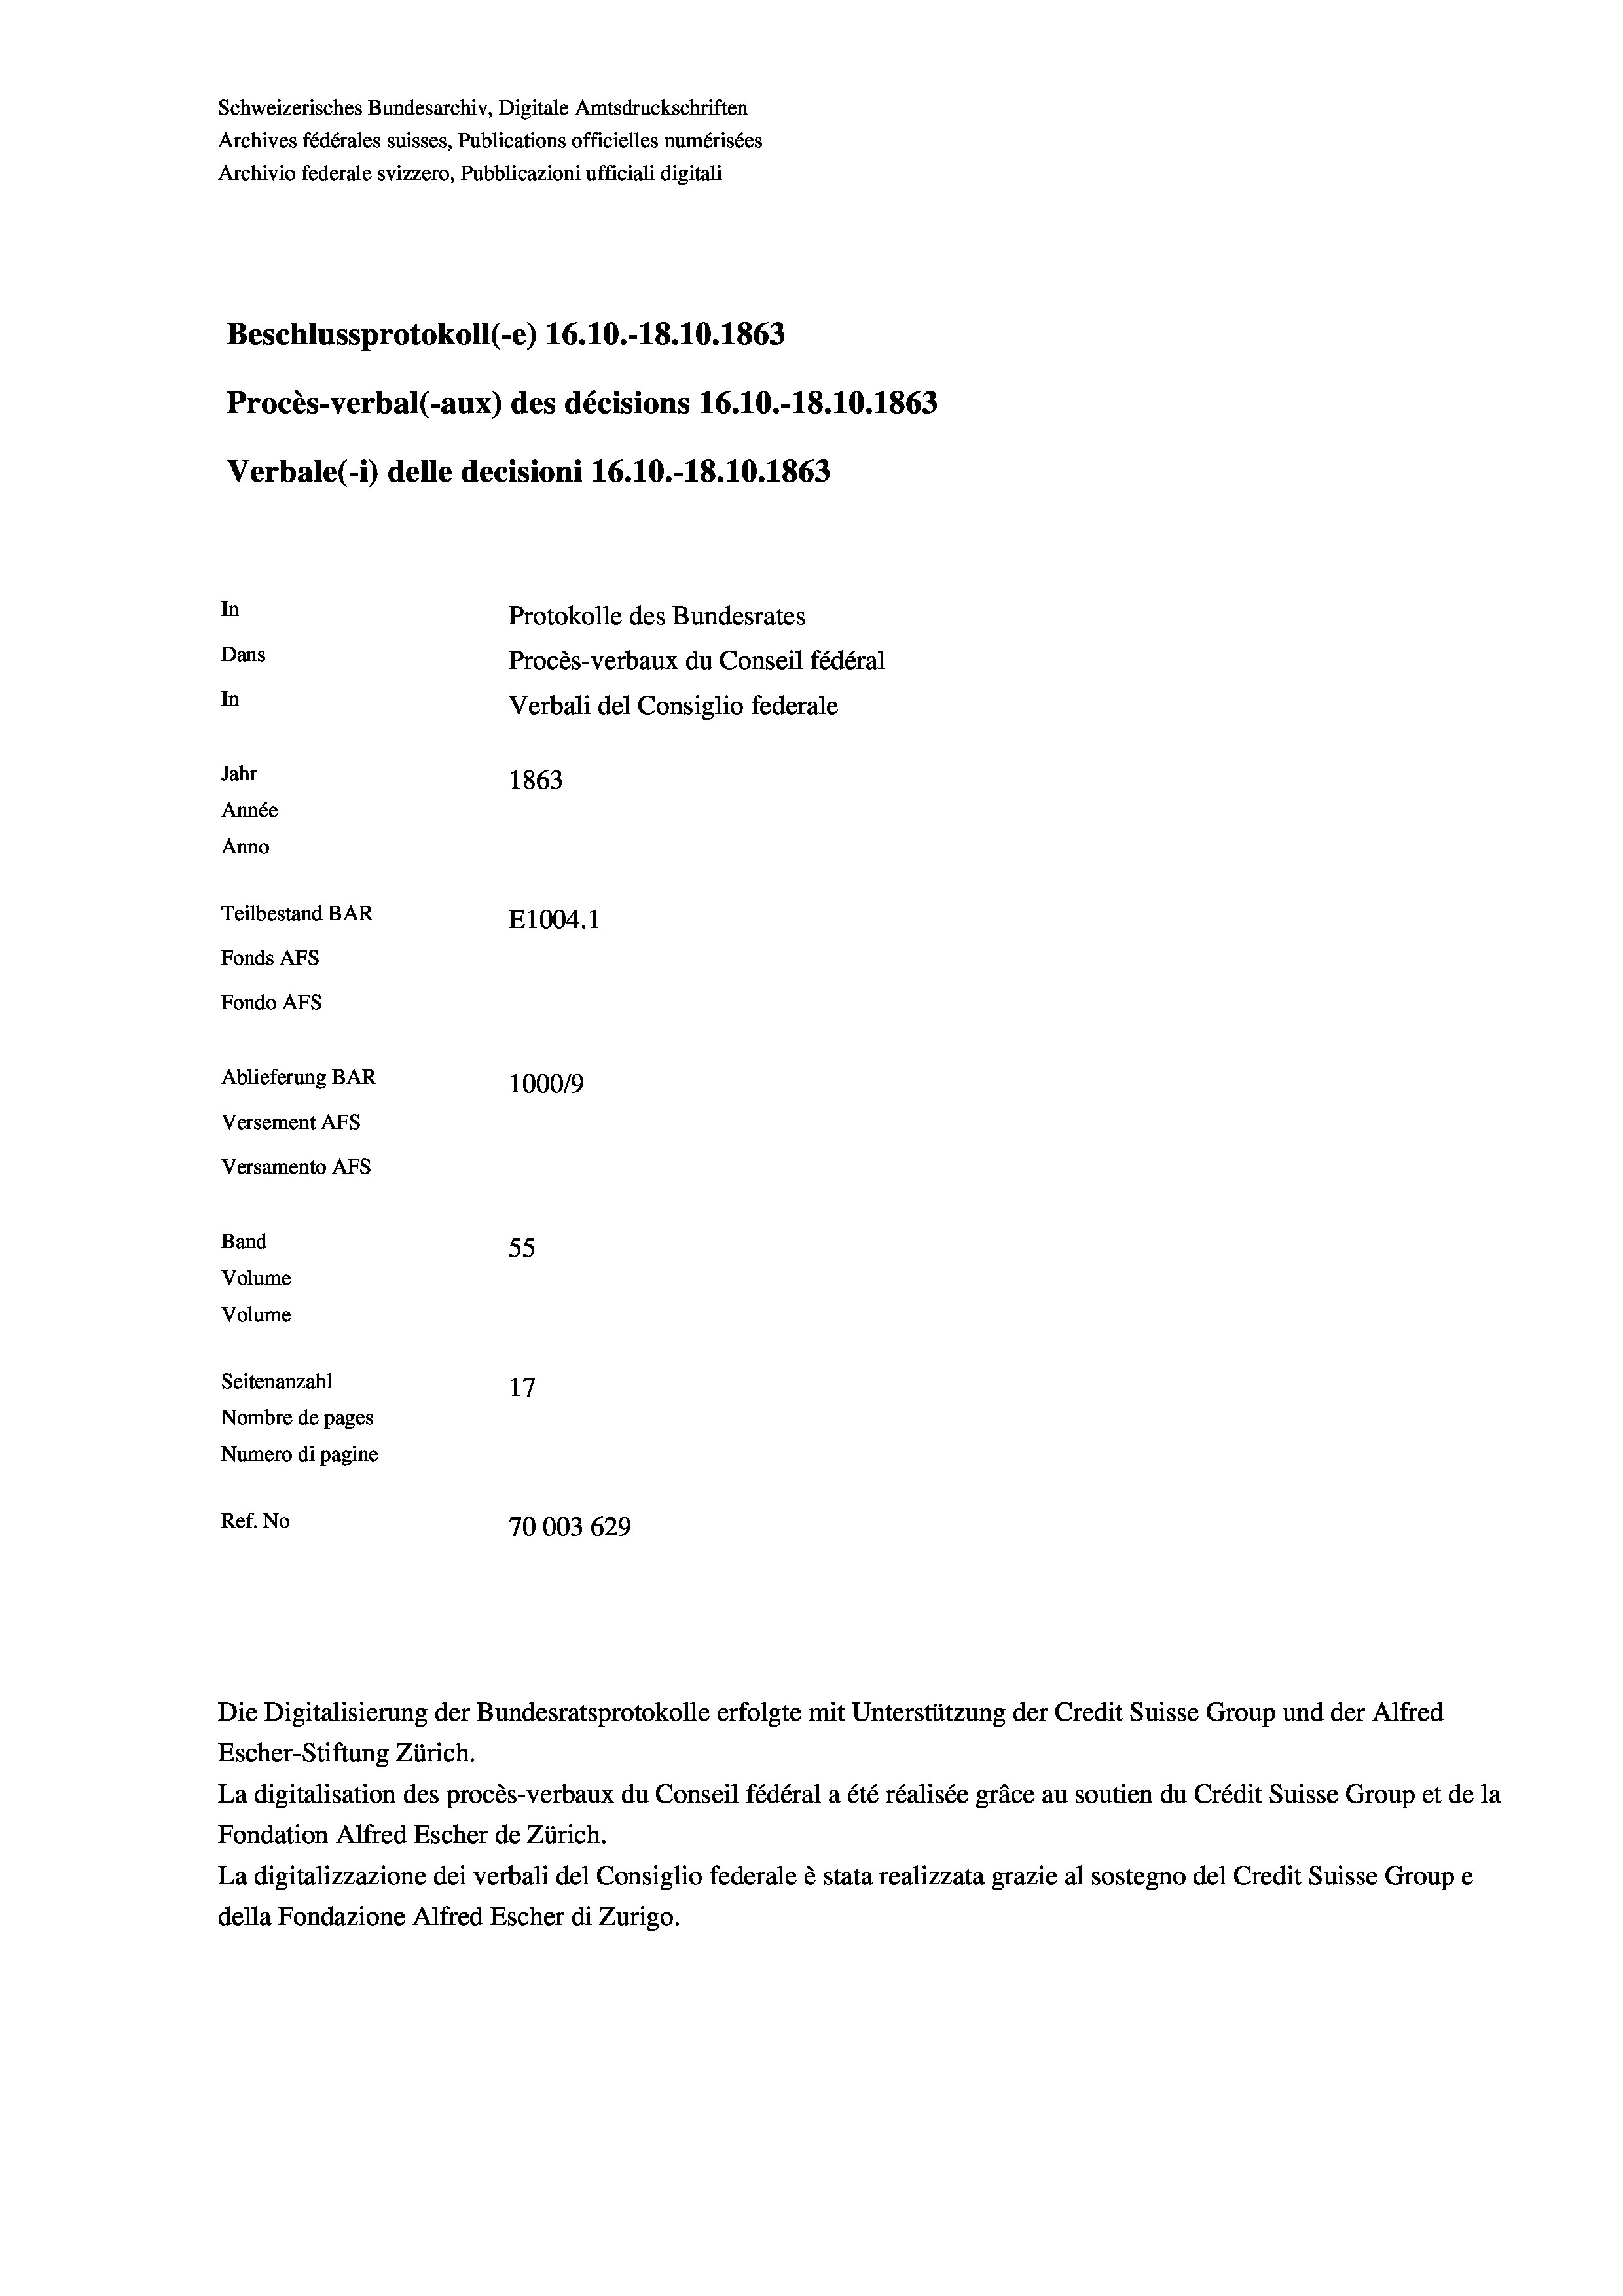
Schweizerisches Bundesarchiv, Digitale Amtsdruckschriften
Archives fédérales suisses, Publications officielles numérisées
Archivio federale svizzero, Pubblicazioni ufficiali digitali
Beschlussprotokoll (-e) 16.10.-18.10. 1863
Procès-verbal (-aux) des décisions 16.10.-18.10.1863
Verbale (i) delle decisioni 16.10.-18.10. 1863
In
Protokolle des Bundesrates
Dans
Procès-verbaux du Conseil fédéral
In
Verbali del Consiglio federale
Jahr
1863
Année
Anno
Teilbestand BAR
E1004. 1
Fonds AFs
Fondo AFS
Ablieferung BAR
100019
Versement AFs
Versamento Afs
Band
55
Volume
Volume
Seitenanzahl
17

Nombre de pages
Numero di pagine
Ref. No
70003629

Die Digitalisierung der Bundesratsprotokolle erfolgte mit Unterstützung der Credit Suisse Group und der Alfred
Escher-Stiftung Zürich.

La digitalisation des procès-verbaux du Conseil fédéral a été réalisée gräce au soutien du Crédit Suisse Group et de la
Fondation Alfred Escher de Zürich.
La digitalizzazione dei verbali del Consiglio federale è stata realizzata grazie al sostegno del Credit Suisse Groupe
della Fondazione Alfred Escher di Zurigo.